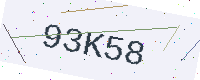
Text: 93K58